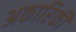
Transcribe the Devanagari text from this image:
अकारिकी